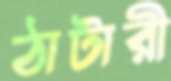
ঠাটারী